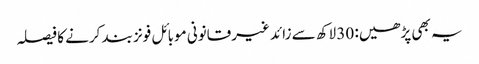
یہ بھی پڑھیں: 30 لاکھ سے زائد غیرقانونی موبائل فونز بند کرنے کا فیصلہ